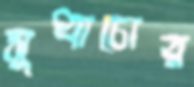
সুধাচোর